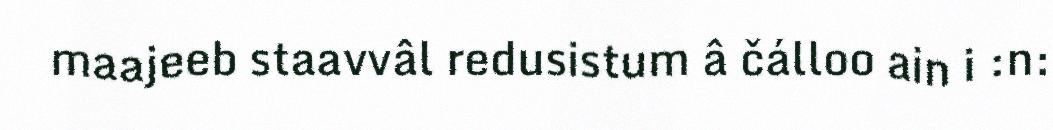
maajeeb staavvâl redusistum â čálloo ain i :n: